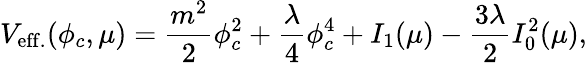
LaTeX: V_{\mathrm{eff.}}(\phi_{c},\mu)=\frac{m^{2}}{2}\phi_{c}^{2}+\frac{\lambda}{4}\phi_{c}^{4}+I_{1}(\mu)-\frac{3\lambda}{2}I_{0}^{2}(\mu),